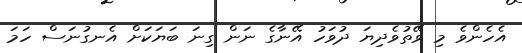
އެހެންވެ މި ވޭތުވެދިޔަ ދުވަހު އޭނާގެ ނަން ގިނަ ބަޔަކަށް އެނގުނަސް ހަމަ